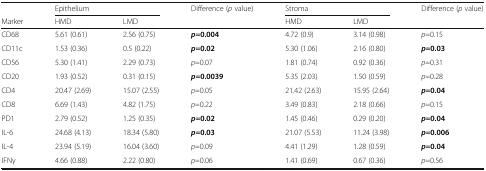
|  | <COLSPAN=2> Epithelium | Difference (p value) | <COLSPAN=2> Stroma | Difference (p value) |
 | Marker | HMD | LMD |  | HMD | LMD |  |
 | --- | --- | --- | --- | --- | --- | --- |
 | CD68 | 5.61 (0.61) | 2.56 (0.75) | p=0.004 | 4.72 (0.9) | 3.14 (0.98) | p=0.15 |
 | CD11c | 1.53 (0.36) | 0.5 (0.22) | p=0.02 | 5.30 (1.06) | 2.16 (0.80) | p=0.03 |
 | CD56 | 5.30 (1.41) | 2.29 (0.73) | p=0.07 | 1.81 (0.74) | 0.92 (0.36) | p=0.31 |
 | CD20 | 1.93 (0.52) | 0.31 (0.15) | p=0.0039 | 5.35 (2.03) | 1.50 (0.59) | p=0.28 |
 | CD4 | 20.47 (2.69) | 15.07 (2.55) | p=0.05 | 21.42 (2.63) | 15.95 (2.64) | p=0.04 |
 | CD8 | 6.69 (1.43) | 4.82 (1.75) | p=0.22 | 3.49 (0.83) | 2.18 (0.66) | p=0.15 |
 | PD1 | 2.79 (0.52) | 1.25 (0.35) | p=0.02 | 1.45 (0.46) | 0.29 (0.20) | p=0.04 |
 | IL-6 | 24.68 (4.13) | 18.34 (5.80) | p=0.03 | 21.07 (5.53) | 11.24 (3.98) | p=0.006 |
 | IL-4 | 23.94 (5.19) | 16.04 (3.60) | p=0.09 | 4.41 (1.29) | 1.28 (0.59) | p=0.04 |
 | IFNγ | 4.66 (0.88) | 2.22 (0.80) | p=0.06 | 1.41 (0.69) | 0.67 (0.36) | p=0.56 |